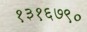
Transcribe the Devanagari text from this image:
१३१६७९०